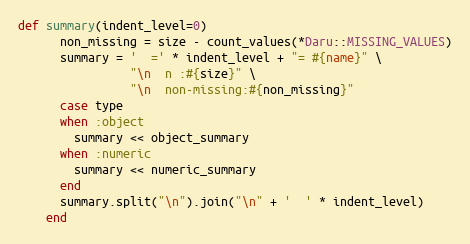
Language: Ruby
def summary(indent_level=0)
      non_missing = size - count_values(*Daru::MISSING_VALUES)
      summary = '  =' * indent_level + "= #{name}" \
                "\n  n :#{size}" \
                "\n  non-missing:#{non_missing}"
      case type
      when :object
        summary << object_summary
      when :numeric
        summary << numeric_summary
      end
      summary.split("\n").join("\n" + '  ' * indent_level)
    end